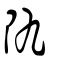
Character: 𨸒